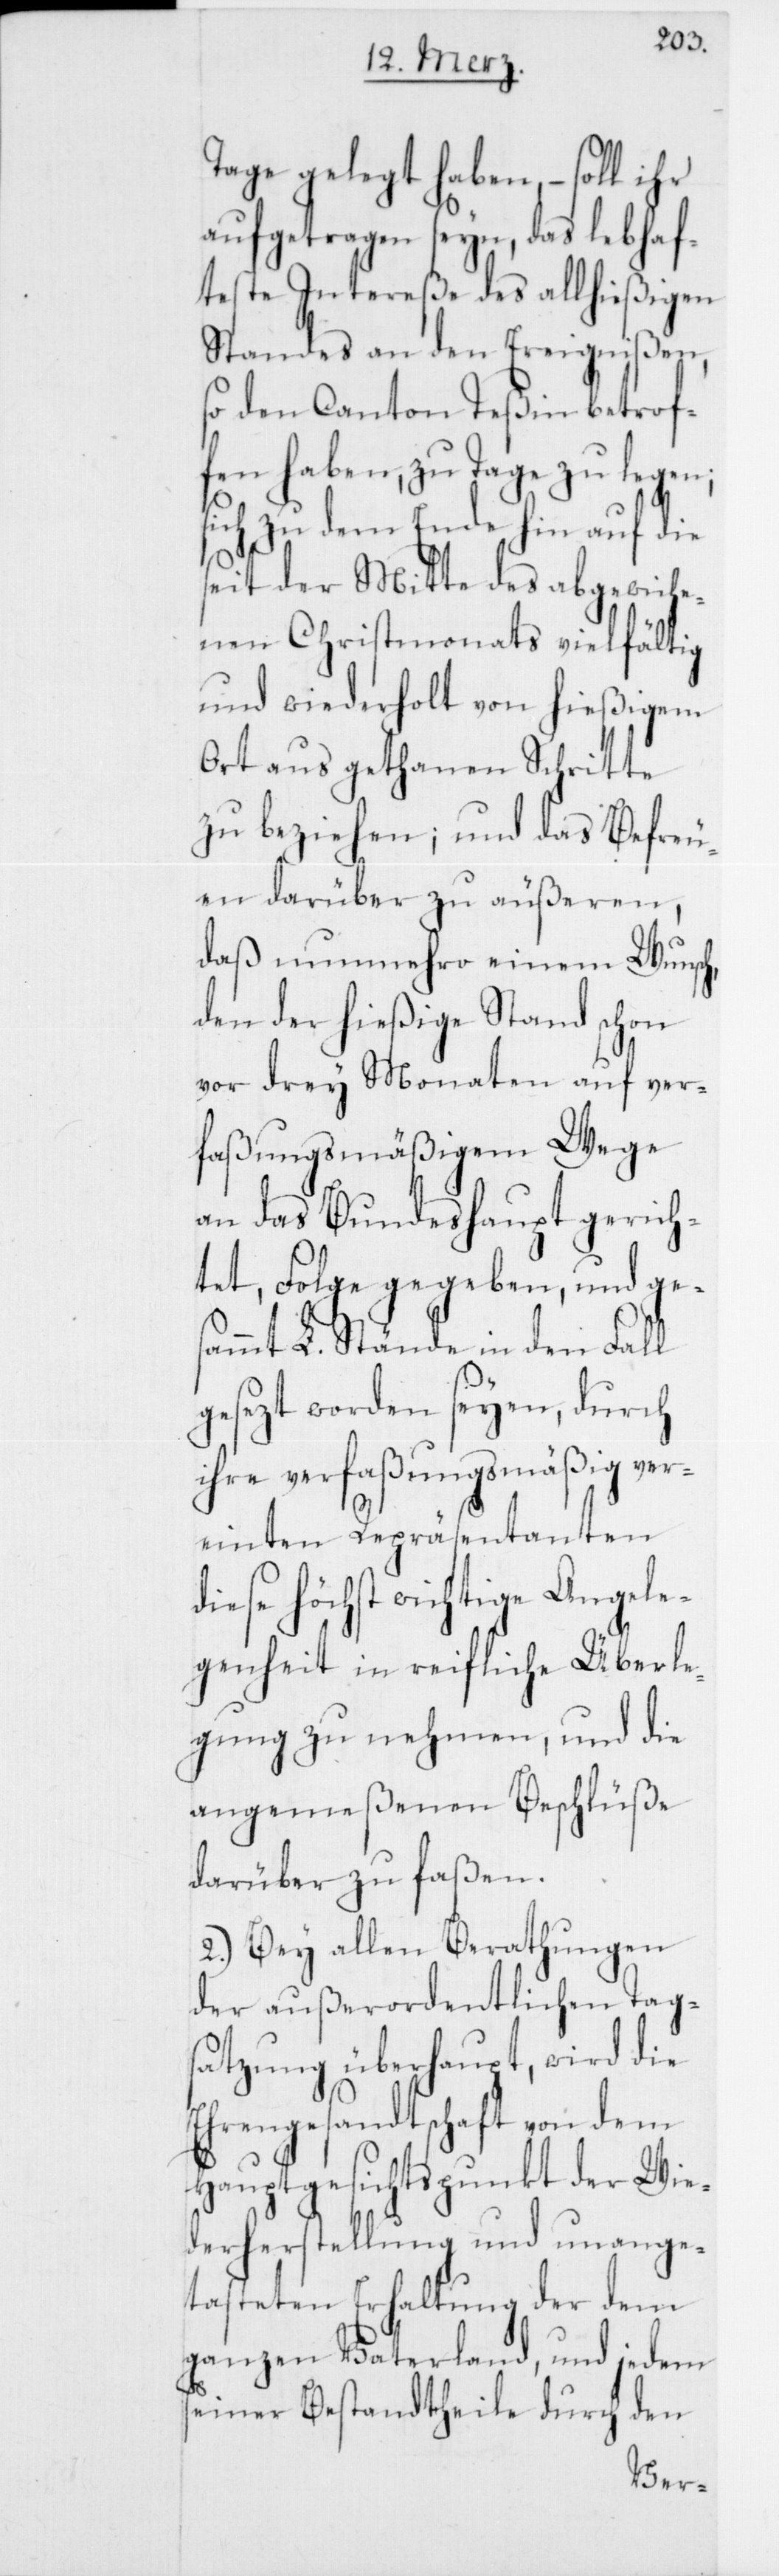
Tage gelegt haben, –
aufgetragen seyn, das lebha¬
fteste Intereße des all¬
Tag¬
Standes an den Ereignißen,
so den Canton Teßin
fen haben, zu Tage zu legen;
sich zu dem Ende hin auf die
seit der Mitte des abgewiche¬
nen Christmonats vielfältig
und wiederholt von hießigem
Ort aus gethanen Schritte
zu beziehen; und das Befreu¬
en darüber zu äußeren,
daß nunmehro einem Wunsch,
den der hießige Stand schon
vor drey Monaten auf ver¬
faßungsmäßigem Wege
an das Bundeshaupt gerich¬
tet, Folge gegeben, und ge¬
sammt L. Stände in den Fall
gesezt worden seyen, durch
ihre verfaßungsmäßig ver¬
einten Repräsentanten
diese höchst wichtige Angele¬
genheit in reifliche Überle¬
gung zu nehmen, und die
angemeßenen Beschlüße
darüber zu faßen.
2.) Bey allen Berathungen
der außerordentlichen
satzung überhaupt, wird die
Ehrengesandtschaft von dem
Wie¬
Hauptgesichtspunkt der
derherstellung und un¬
ange¬
tasteten Erhaltung der dem
ganzen Vaterland, und jedem
seiner Bestandtheile durch
den